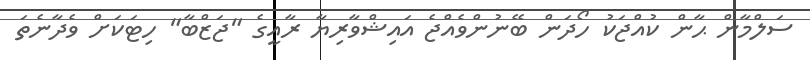
ސަލްމާން ޙާން ކުއްޖަކު ހޯދަން ބޭނުންވެއްޖެ އައިޝްވާރިޔާ ރާއީގެ "ޖަޒްބާ" ހިޓަކަށް ވެދާނެތަ